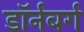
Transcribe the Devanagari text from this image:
डॉर्नबर्ग